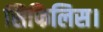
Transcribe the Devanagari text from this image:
सिफिलिस।